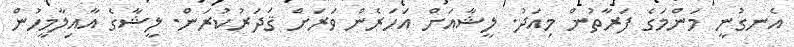
އެނގުނީ މަންމަގެ ފަރާތުން މިއަދު. ލީޝާއަށް އަހަރެން ވަރަށް ޤަދަރުކުރަން. ލީޝާގެ އާއިލާމީހުން